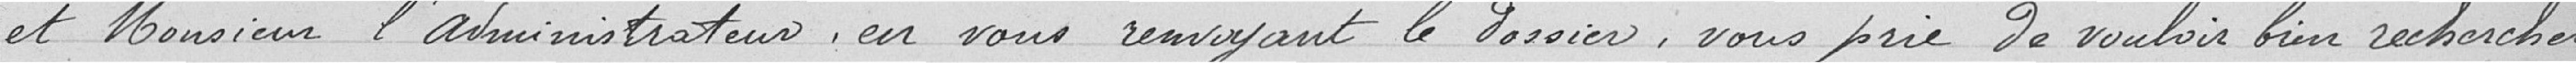
Et Monsieur l'administrateur en vous renvoyant le dossier, je vous prie de vouloir bien rechercher